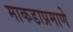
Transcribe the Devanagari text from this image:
माकडाप्रमाणे